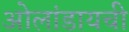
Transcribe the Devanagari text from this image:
ओलांडायची